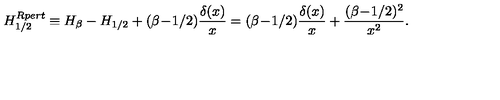
H _ { 1 / 2 } ^ { R p e r t } \equiv H _ { \beta } - H _ { 1 / 2 } + ( \beta \! - \! 1 / 2 ) { \frac { \delta ( x ) } { x } } = ( \beta \! - \! 1 / 2 ) { \frac { \delta ( x ) } { x } } + { \frac { ( \beta \! - \! 1 / 2 ) ^ { 2 } } { x ^ { 2 } } } .